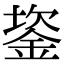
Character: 䤰